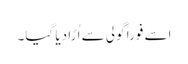
اسے فوراً گولی سے اُڑا دیا گیا۔